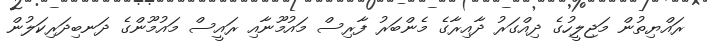
ރައްޔިތުން މަޖިލީހުގެ ދިއްގަރު ދާއިރާގެ މެންބަރު ފާރިސް މައުމޫނާއި ރައީސް މައުމޫންގެ ދަނބިދަރިކަލުން